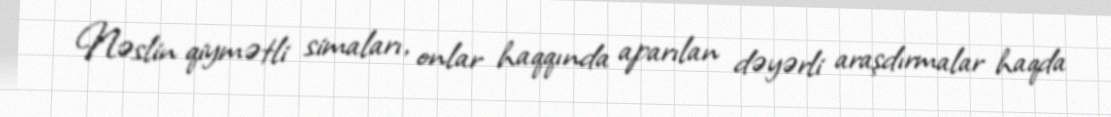
Nəslin qiymətli simaları, onlar haqqında aparılan dəyərli araşdırmalar haqda